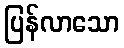
ပြန်လာသော